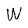
Character: W